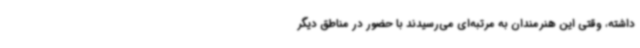
داشته، وقتی این هنرمندان به مرتبه‌ای می‌رسیدند با حضور در مناطق دیگر